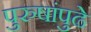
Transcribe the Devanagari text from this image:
पुरुषांपुढे